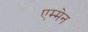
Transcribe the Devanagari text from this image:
एम्मेन